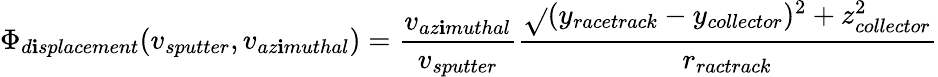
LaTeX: \Phi_{d\mathbf{i}splacement}(v_{sputter},v_{az\mathbf{i}muthal})=\frac{{v_{az\mathbf{i}muthal}}}{{v_{sputter}}}\frac{{\sqrt{}{{(y_{racetrack}-y_{collector})^{2}+z_{collector}^{2}}}}}{{r_{ractrack}}}